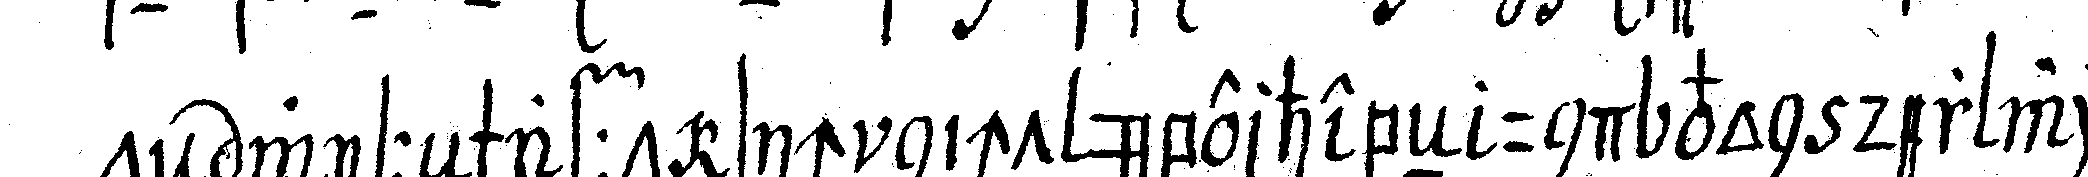
teN wisseNschafft sich nicht überhebeN und von der wich .